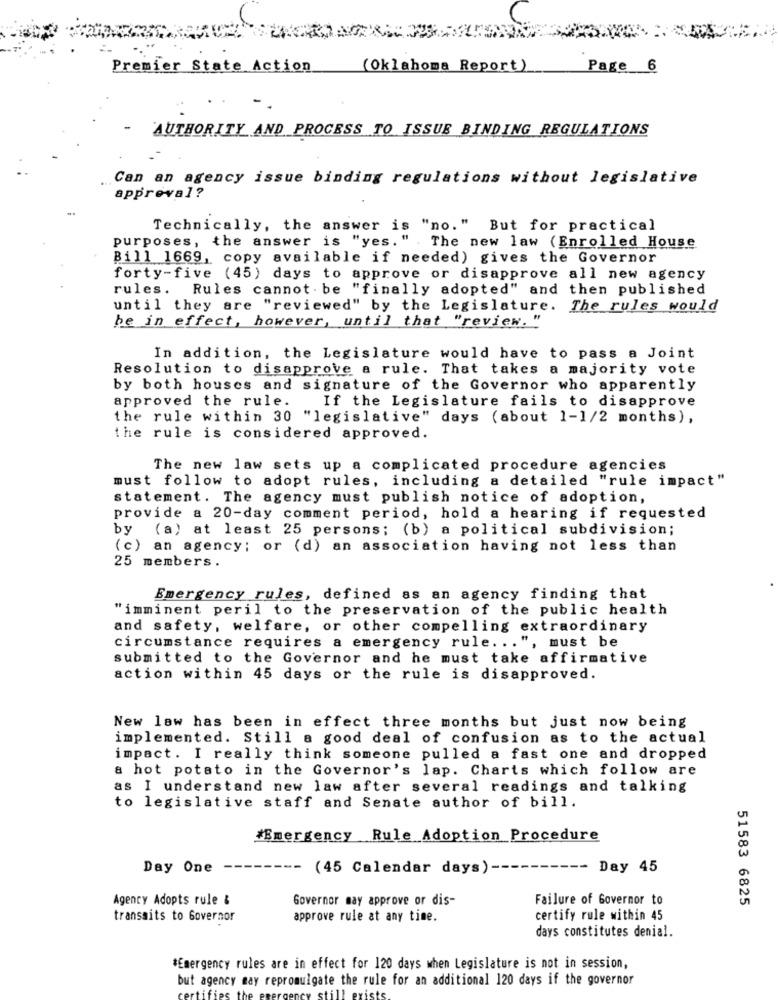
Premier State Action
(Oklahoma Report)
Page 6
AUTHORITY AND PROCESS TO ISSUE BINDING REGULATIONS
Can an agency issue binding regulations without legislative
approval?
Technically, the answer is "no." But for practical
purposes, the answer is "yes." The new law (Enrolled House
Bill 1669, copy available if needed) gives the Governor
forty-five (45) days to approve or disapprove all new agency
rules. Rules cannot be "finally adopted" and then published
until they are "reviewed" by the Legislature. The rules would
be in effect, however, until that "review. "
In addition, the Legislature would have to pass a Joint
Resolution to disapprove a rule. That takes a majority vote
by both houses and signature of the Governor who apparently
approved the rule.
If the Legislature fails to disapprove
the rule within 30 "legislative" days (about 1-1/2 months),
the rule is considered approved.
The new law sets up a complicated procedure agencies
must follow to adopt rules, including a detailed "rule impact"
statement. The agency must publish notice of adoption,
provide a 20-day comment period, hold a hearing if requested
by
(a) at least 25 persons; (b) a political subdivision;
(c) an agency; or (d) an association having not less than
25 members .
Emergency rules, defined as an agency finding that
"imminent peril to the preservation of the public health
and safety, welfare, or other compelling extraordinary
, must be
circumstance requires a emergency rule. ..
submitted to the Governor and he must take affirmative
action within 45 days or the rule is disapproved.
New law has been in effect three months but just now being
implemented. Still a good deal of confusion as to the actual
impact. I really think someone pulled a fast one and dropped
& hot potato in the Governor's lap. Charts which follow are
as I understand new law after several readings and talking
to legislative staff and Senate author of bill.
#Emergency Rule Adoption Procedure
Day One
-- (45 Calendar days) ---
------- Day 45
Agency Adopts rule &
Governor may approve or dis-
Failure of Governor to
51583 6825
transaits to Governor
approve rule at any time.
certify rule within 45
days constitutes denial.
*Emergency rules are in effect for 120 days when Legislature is not in session,
but agency may repromulgate the rule for an additional 120 days if the governor